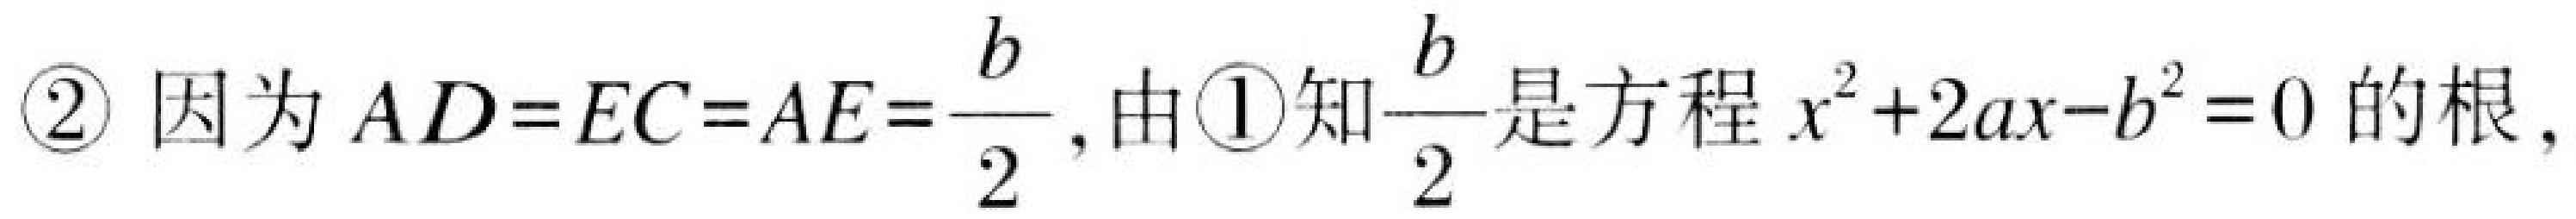
\textcircled{2} 因为$AD = EC = AE=\dfrac{b}{2}$,由\textcircled{1}知$\dfrac{b}{2}$是方程$x^{2}+2ax - b^{2}=0$的根,